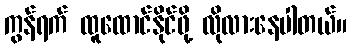
ကွန်ရက် ထူထောင်နိုင်ဖို့ လိုလားနေပါတယ်။